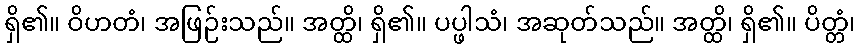
ရှိ၏။ ဝိဟတံ၊ အဖြဉ်းသည်။ အတ္ထိ၊ ရှိ၏။ ပပ္ဖါသံ၊ အဆုတ်သည်။ အတ္ထိ၊ ရှိ၏။ ပိတ္တံ၊